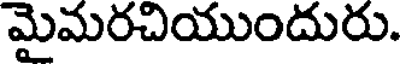
మైమరచియుందురు.